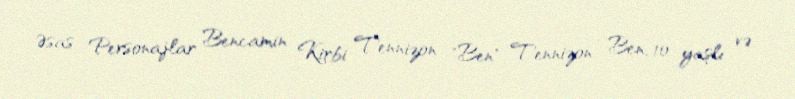
Əsas Personajlar Bencamin Kirbi Tennizon "Ben" Tennizon - Ben, 10 yaşlı və